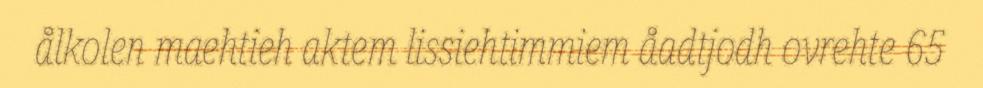
ålkolen maehtieh aktem lissiehtimmiem åadtjodh ovrehte 65